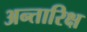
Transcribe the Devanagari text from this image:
अन्तारिक्ष